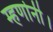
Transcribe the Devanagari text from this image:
म्हणोनी।